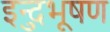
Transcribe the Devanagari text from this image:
इन्दुभूषण